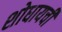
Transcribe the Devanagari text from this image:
शोधायची